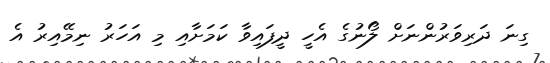
ގިނަ ދަރިވަރުންނަށް ލޯނުގެ އެހީ ދީފައިވާ ކަމަށާއި މި އަހަރު ނިމޭއިރު އެ